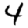
Digit: 4